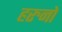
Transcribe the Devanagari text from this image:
हरुनो